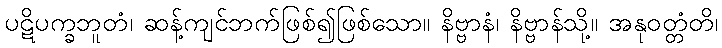
ပဋိပက္ခဘူတံ၊ ဆန့်ကျင်ဘက်ဖြစ်၍ဖြစ်သော။ နိဗ္ဗာနံ၊ နိဗ္ဗာန်သို့။ အနုဝတ္တံတိ၊